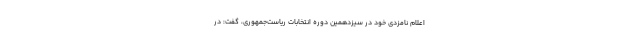
اعلام نامزدی خود در سیزدهمین دوره انتخابات ریاست‌جمهوری، گفت: در